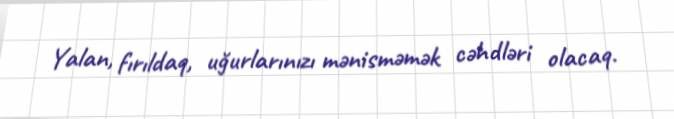
Yalan, fırıldaq, uğurlarınızı mənisməmək cəhdləri olacaq.